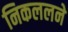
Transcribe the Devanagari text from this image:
निकललने